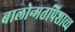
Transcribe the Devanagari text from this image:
बालोन्मतपिशाच्च